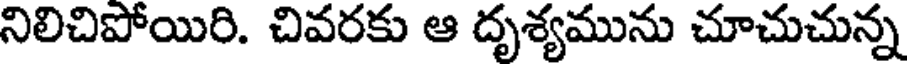
నిలిచిపోయిరి. చివరకు ఆ దృశ్యమును చూచుచున్న